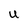
Character: U